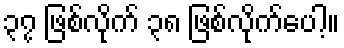
၃၇ ဖြစ်လိုက် ၃၈ ဖြစ်လိုက်ပေါ့။